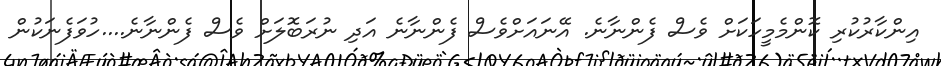
އިންކާރުކުރި ކޮންމެމީހަކަށް ވެސް ފެންނާނެ. އޭނައަށްވެސް ފެންނާނެ އަދި ނުރަބޮލަށް ވެސް ފެންނާނެ....ހުވަފެނަކުން